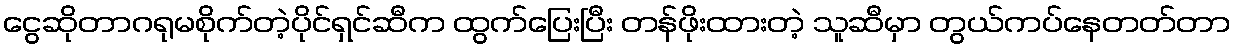
ငွေဆိုတာဂရုမစိုက်တဲ့ပိုင်ရှင်ဆီက ထွက်ပြေးပြီး တန်ဖိုးထားတဲ့ သူဆီမှာ တွယ်ကပ်နေတတ်တာ